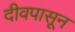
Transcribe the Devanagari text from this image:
दीवपासून